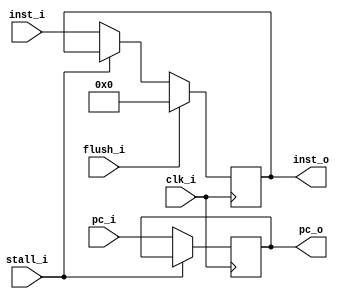
module IF_ID_Reg(
    clk_i,     
    inst_i,   
    pc_i,
    stall_i, 
    flush_i,  
    inst_o, 
    pc_o,
);

input clk_i;
input [31:0] 	inst_i;
input [31:0] 	pc_i;
input stall_i;
input flush_i;

output reg [31:0] 	inst_o;
output reg [31:0] 	pc_o;


always@(posedge clk_i)	begin
	if (~stall_i)begin
		inst_o <= inst_i;
		pc_o <= pc_i;
	end
    if (flush_i)begin
        inst_o <= 32'd0;
    end
end 

endmodule